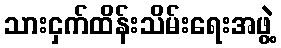
သားငှက်ထိန်းသိမ်းရေးအဖွဲ့